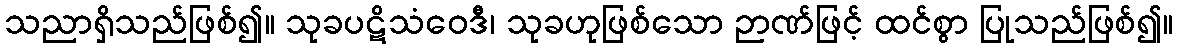
သညာရှိသည်ဖြစ်၍။ သုခပဋိသံဝေဒီ၊ သုခဟုဖြစ်သော ဉာဏ်ဖြင့် ထင်စွာ ပြုသည်ဖြစ်၍။